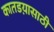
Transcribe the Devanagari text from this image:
कातडय़ासाठी